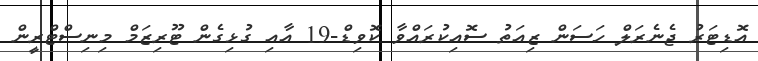
އޮޑިޓަރު ޖެނެރަލް ހަސަން ޒިއަތު ސޮއިކުރައްވާ ކޮވިޑް-19 އާއި ގުޅިގެން ޓޫރިޒަމް މިނިސްޓްރީން